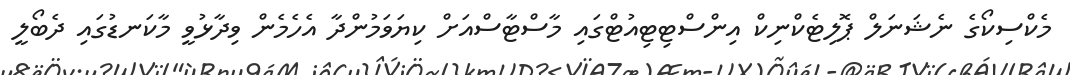
މެކްސިކޯގެ ނެޝަނަލް ޕޮލިޓެކްނިކް އިންސްޓިޓިއުޓްގައި މާސްޓާސްއަށް ކިޔަވަމުންދާ އެހެމެން ވިދާޅުވީ މާކަނޑުގައި ދެބޯލީ